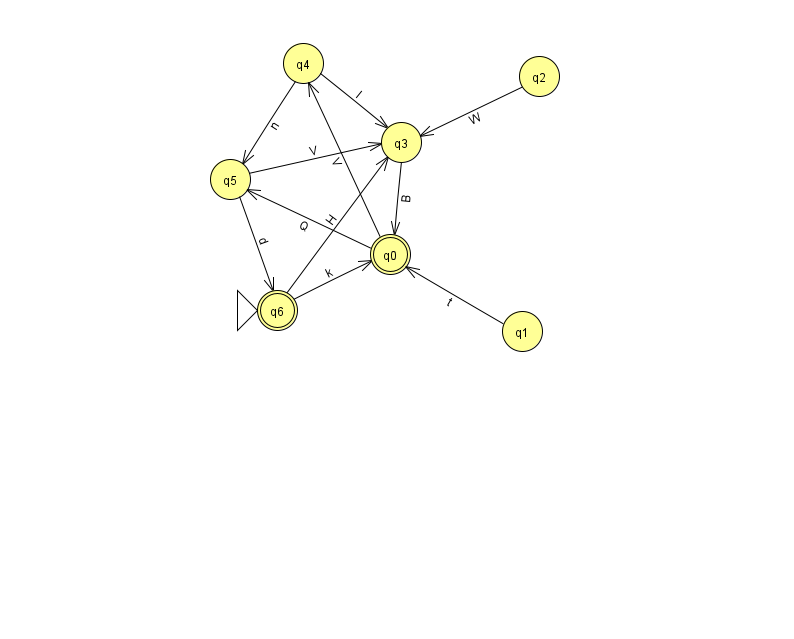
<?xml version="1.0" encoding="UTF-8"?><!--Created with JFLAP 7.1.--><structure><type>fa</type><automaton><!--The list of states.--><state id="0" name="q0"><x>390.0</x><y>241.0</y><final/></state><state id="1" name="q1"><x>522.0</x><y>318.0</y></state><state id="2" name="q2"><x>539.0</x><y>63.0</y></state><state id="3" name="q3"><x>401.0</x><y>129.0</y></state><state id="4" name="q4"><x>303.0</x><y>50.0</y></state><state id="5" name="q5"><x>230.0</x><y>166.0</y></state><state id="6" name="q6"><x>277.0</x><y>297.0</y><initial/><final/></state><!--The list of transitions.--><transition><from>0</from><to>4</to><read>V</read></transition><transition><from>4</from><to>3</to><read>I</read></transition><transition><from>2</from><to>3</to><read>W</read></transition><transition><from>0</from><to>5</to><read>Q</read></transition><transition><from>6</from><to>0</to><read>k</read></transition><transition><from>1</from><to>0</to><read>t</read></transition><transition><from>6</from><to>3</to><read>H</read></transition><transition><from>3</from><to>0</to><read>B</read></transition><transition><from>4</from><to>5</to><read>n</read></transition><transition><from>5</from><to>6</to><read>d</read></transition><transition><from>5</from><to>3</to><read>V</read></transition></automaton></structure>